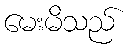
မေးမိသည်